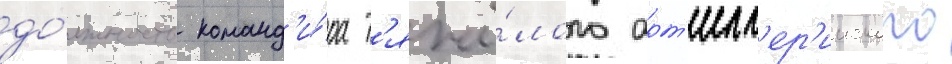
до́лжность команд'и́ра т'яжё́лого арт'илл'ер'ииского